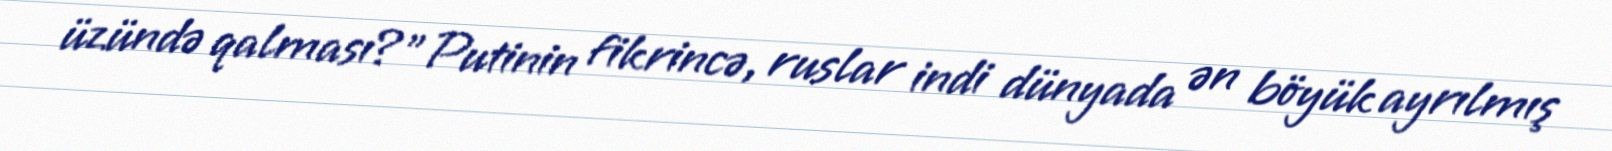
üzündə qalması?”Putinin fikrincə, ruslar indi dünyada ən böyük ayrılmış